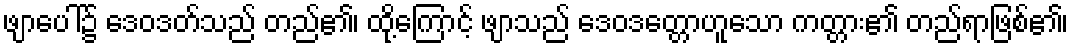
ဖျာပေါ်၌ ဒေဝဒတ်သည် တည်၏၊ ထို့ကြောင့် ဖျာသည် ဒေဝဒတ္တောဟူသော ကတ္တား၏ တည်ရာဖြစ်၏၊